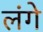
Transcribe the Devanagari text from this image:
लंगे